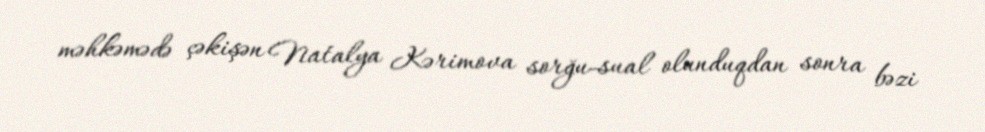
məhkəmədə çəkişən Natalya Kərimova sorğu-sual olunduqdan sonra bəzi